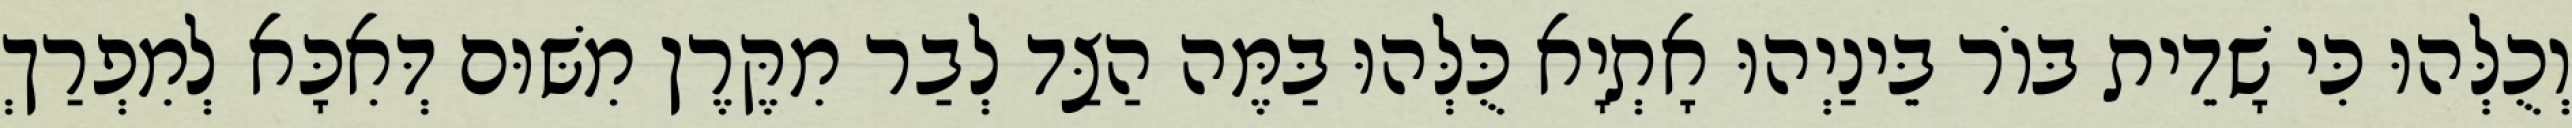
וְכֻלְּהוּ כִּי שָׁדֵית בּוֹר בֵּינַיְהוּ אָתְיָא כֻּלְּהוּ בַּמֶּה הַצַּד לְבַר מִקֶּרֶן מִשּׁוּם דְּאִכָּא לְמִפְרַךְ